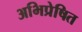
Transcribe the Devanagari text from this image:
अभिप्रेषित